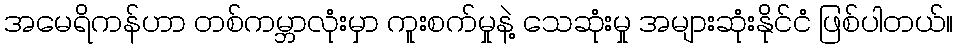
အမေရိကန်ဟာ တစ်ကမ္ဘာလုံးမှာ ကူးစက်မှုနဲ့ သေဆုံးမှု အများဆုံးနိုင်ငံ ဖြစ်ပါတယ်။